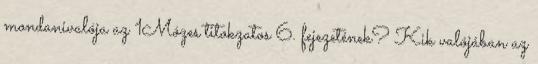
mondanivalója az 1Mózes titokzatos 6. fejezetének? Kik valójában az